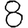
Digit: 8